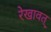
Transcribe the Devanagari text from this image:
रेखावत्‌